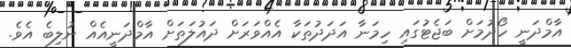
އާމްދަނީ ހޯދުމަށް ބަޖެޓުގައި ހިމަނާ އަދަދުތަކާ އެއްވަރަށް ދައުލަތަށް އާމްދަނީއެއް ނުލިބެ އެވެ.